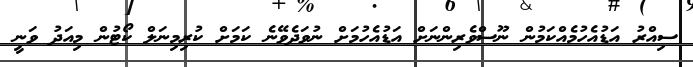
ސިއްރު އަޑުއެހުމެއްކަމުން ނޫސްވެރިންނަށް އަޑުއެހުމަށް ނުވަދެވޭނެ ކަމަށް ކުރިމިނަލް ކޯޓުން މިއަދު ވަނީ